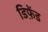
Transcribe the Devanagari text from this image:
डिफ़ेंड